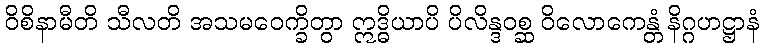
ဝိစိနာမီတိ သီလတိ အသမဝေက္ခိတွာ ဣဒ္ဓိယာပိ ပိလိန္ဒဝစ္ဆ ဝိလောကေန္တံ နိဂ္ဂဟဋ္ဌာနံ